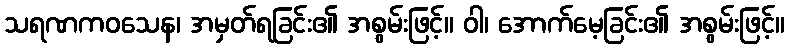
သရဏကဝသေန၊ အမှတ်ရခြင်း၏ အစွမ်းဖြင့်။ ဝါ၊ အောက်မေ့ခြင်း၏ အစွမ်းဖြင့်။